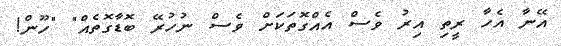
އޭނާ އެހާ ރީތި އިރު ވެސް އެއްގޮތަކަށް ވެސް ނުހުރޭ ބޮޑާގޮތެއް" "ހޫން!